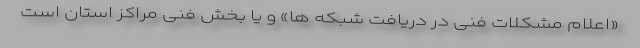
«اعلام مشکلات فنی در دریافت شبکه ها» و یا بخش فنی مراکز استان است